King Institute of Preventive Medicine Micro-Biological Section reports 1912-19
Year: 1912
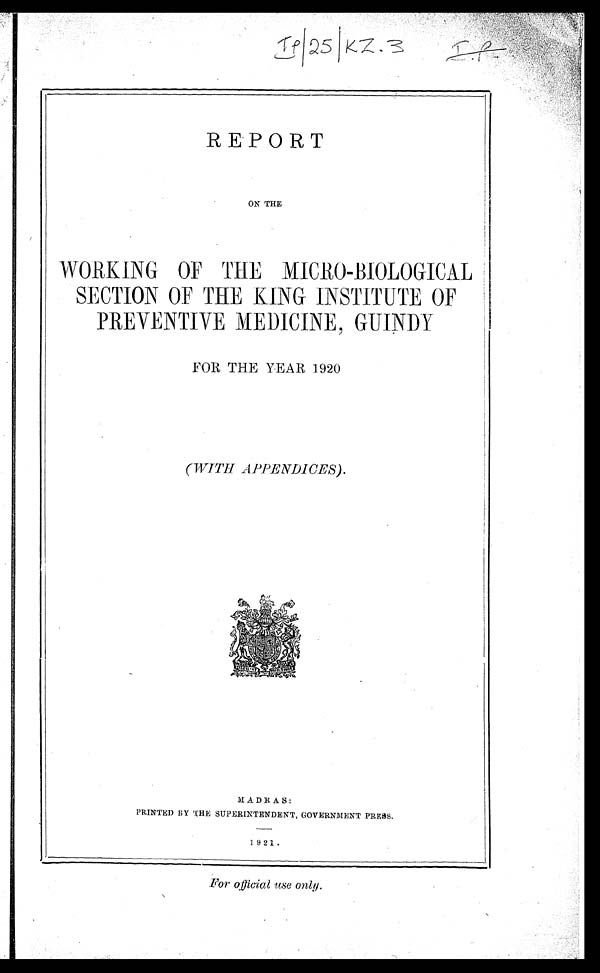
IP/25/KZ.3
REPORT
ON THE
WORKING OF THE MICRO-BIOLOGICAL
SECTION OF THE KING INSTITUTE OF
PREVENTIVE MEDICINE, GUINDY
FOR THE YEAR 1920
(WITH APPENDICES).
MADRAS:
PRINTED BY THE SUPERINTENDENT, GOVERNMENT PRESS.
1921.
For official use only.